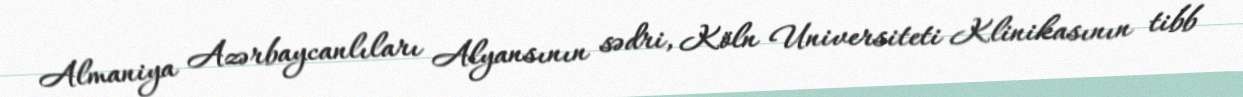
Almaniya Azərbaycanlıları Alyansının sədri, Köln Universiteti Klinikasının tibb